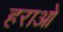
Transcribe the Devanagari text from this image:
हराओ